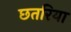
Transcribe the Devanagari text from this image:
छतरिया